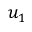
u _ { 1 }